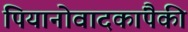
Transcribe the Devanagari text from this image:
पियानोवादकांपैकी